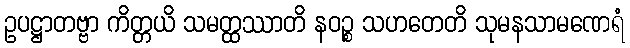
ဥပဋ္ဌာတဗ္ဗာ ကိတ္တယိ သမတ္ထဿာတိ နဝဉ္စ သဟတေတိ သုမနသာမဏေရံ